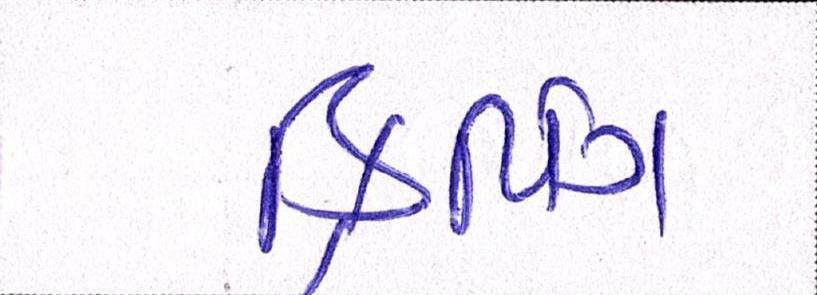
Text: ક્રિપિંગ